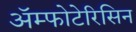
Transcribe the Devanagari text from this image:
ॲम्फोटेरिसिन